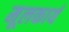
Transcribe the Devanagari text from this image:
मूलकार्य